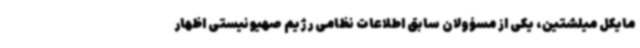
مایکل میلشتین، یکی از مسؤولان سابق اطلاعات نظامی رژیم صهیونیستی اظهار